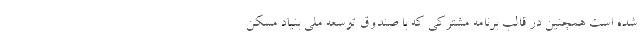
شده است همچنین در قالب برنامه مشترکی که با صندوق توسعه ملی بنیاد مسکن